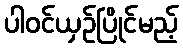
ပါဝင်ယှဉ်ပြိုင်မည့်